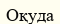
Оқуда